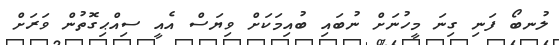
ލުނބޯ ފަނި ގިނަ މީހުނަށް ނުބައި ބުއިމަކަށް ވިޔަސް އެއީ ސިއްޙިގޮތުން ވަރަށް